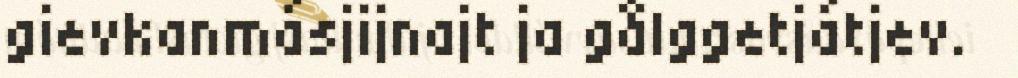
gievkanmásjijnajt ja gålggetjátjev.